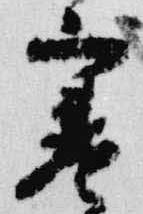
寒